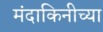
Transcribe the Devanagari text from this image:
मंदाकिनीच्या